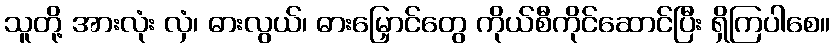
သူတို့ အားလုံး လှံ၊ ဓားလွယ်၊ ဓားမြှောင်တွေ ကိုယ်စီကိုင်ဆောင်ပြီး ရှိကြပါစေ။